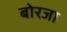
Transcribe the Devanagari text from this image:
बोरजा